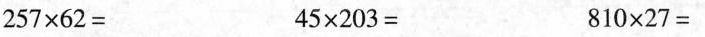
$$2 5 7\times